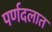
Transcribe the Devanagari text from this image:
पर्णदलात